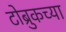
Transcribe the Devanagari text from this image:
टोब्रुकच्या